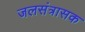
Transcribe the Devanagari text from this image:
जलसंत्रासक